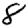
Digit: 8